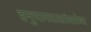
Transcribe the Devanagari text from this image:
हनुमानदासांबरोबर